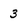
Character: 3